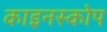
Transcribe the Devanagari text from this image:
काइनस्कोप